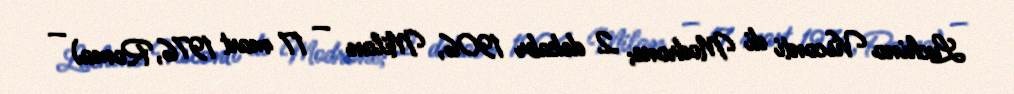
Luchino Visconti di Modrone; 2 dekabr 1906, Milan — 17 mart 1976, Roma) —